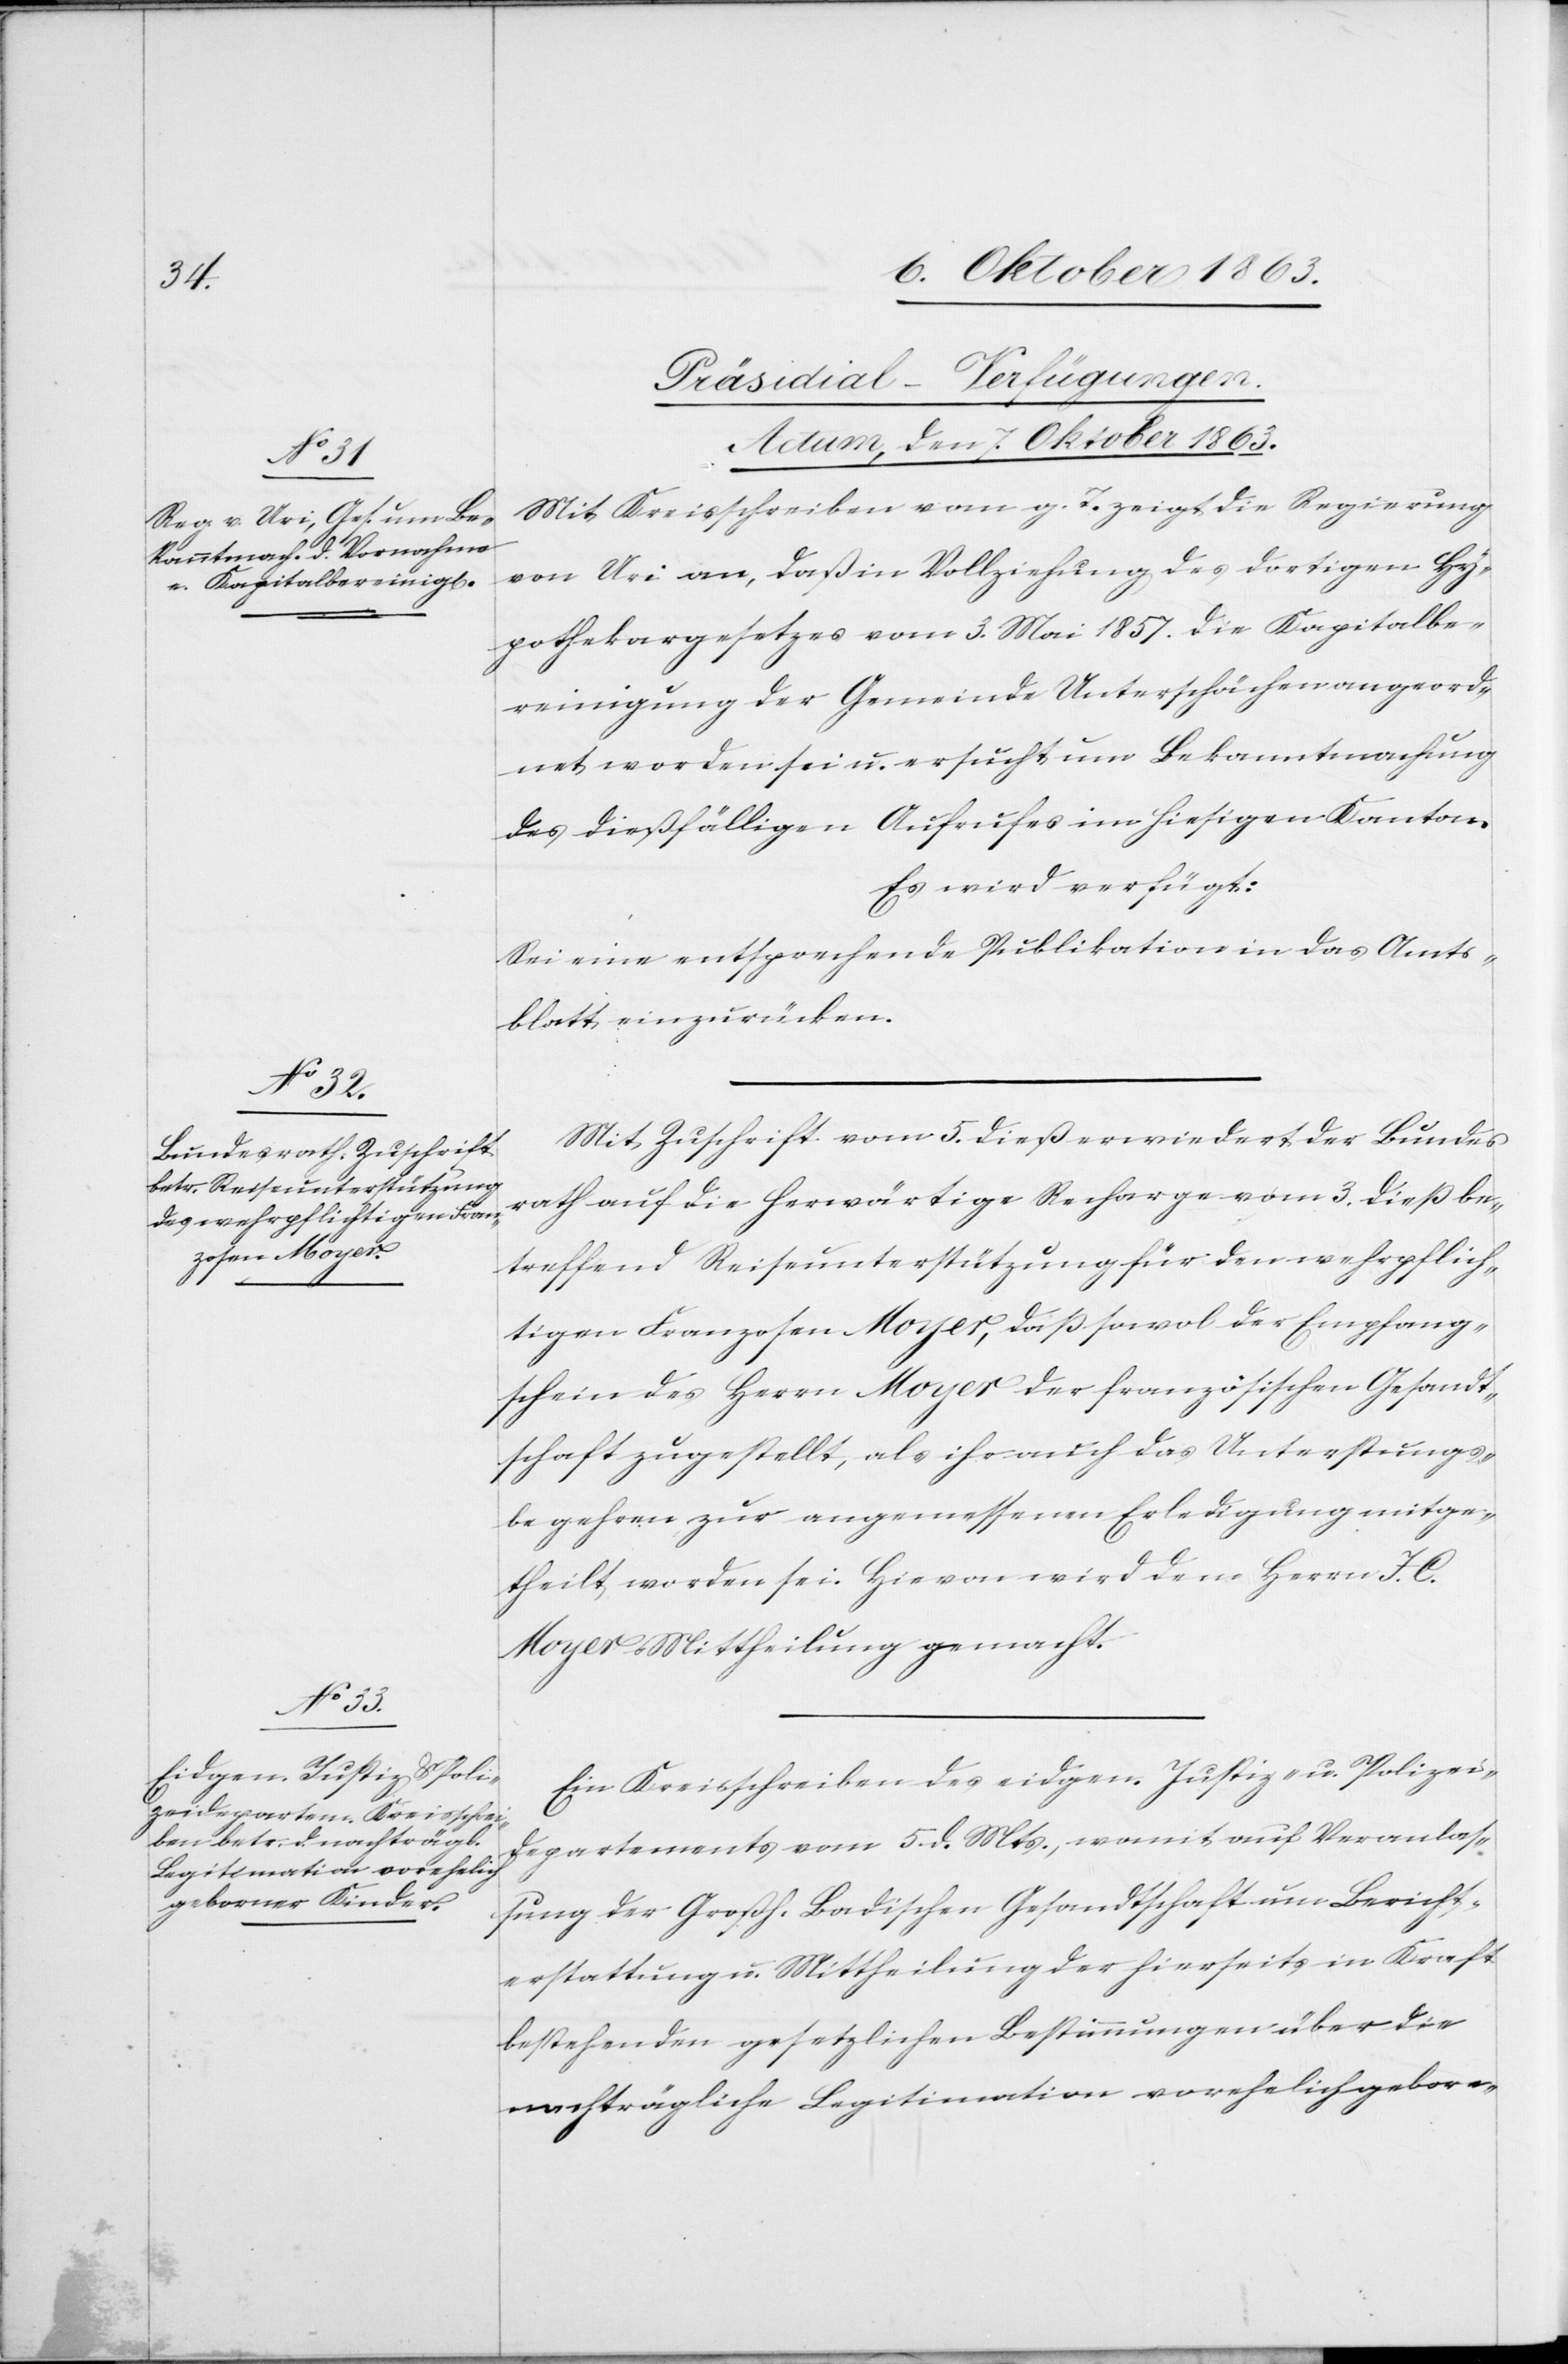
[Präsidial-Verfügungen.
Actum, den 7. Oktober 1863.]
Mit Kreisschreiben vom g. T. zeigt die Regierung
von Uri an, daß in Vollziehung des dortigen Hy¬
pothekargesetzes vom 3. Mai 1857. die Kapitalbe¬
reinigung der Gemeinde Unterschächen angeord¬
net worden sei u. ersucht um Bekanntmachung
des dießfälligen Aufrufes im hiesigen Kanton.
Es wird verfügt:
Sei eine entsprechende Publikation in das Amts¬
blatt einzurücken.
Mit Zuschrift vom 5. dieß erwiedert der Bundes¬
rath auf die herwärtige Recharge vom 3. dieß be¬
treffend Reiseunterstützung für den wehrpflich¬
tigen Franzosen Moyer, daß sowol der Empfang¬
schein des Herrn Moyer der französischen Gesandt¬
schaft zugestellt, als ihr auch das Unterstützungs¬
begehren zur angemessenen Erledigung mitge¬
theilt worden sei. Hievon wird dem Herrn J. C.
Moyer Mittheilung gemacht.
Ein Kreisschreiben des eidgen. Justiz- u. Polizei¬
departements vom 5. d. Mts., womit auf Veranlas¬
sung der Großh. Badischen Gesandtschaft um Bericht¬
erstattung u. Mittheilung der hierseits in Kraft
bestehenden gesetzlichen Bestimmungen über die
nachträgliche Legitimation vorehelich gebore-